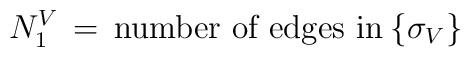
N_1^V\,=\,\mbox{number of edges in}\:\{\sigma_V\}